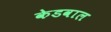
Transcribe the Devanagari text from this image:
केडवाल